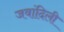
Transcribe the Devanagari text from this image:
जवांदिली